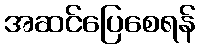
အဆင်ပြေစေရန်